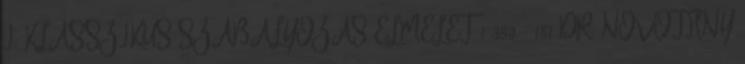
I. KLASSZIKUS SZABÁLYOZÁS ELMÉLET 1 380,- 181 DR. NOVOTHNY